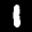
Label: 1